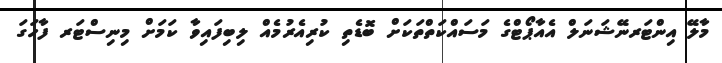
މާލޭ އިންޓަރނޭޝަނަލް އެއާޕޯޓްގެ މަސައްކަތްތަކަށް ބޮޑެތި ކުރިއެރުމެއް ލިބިފައިވާ ކަމަށް މިނިސްޓަރ ފާހަގަ